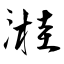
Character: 溎